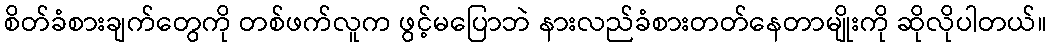
စိတ်ခံစားချက်တွေကို တစ်ဖက်လူက ဖွင့်မပြောဘဲ နားလည်ခံစားတတ်နေတာမျိုးကို ဆိုလိုပါတယ်။